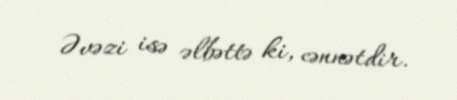
Əvəzi isə əlbəttə ki, cənnətdir.